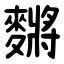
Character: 䵁